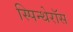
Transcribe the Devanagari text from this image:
स्पिन्थेरॉस